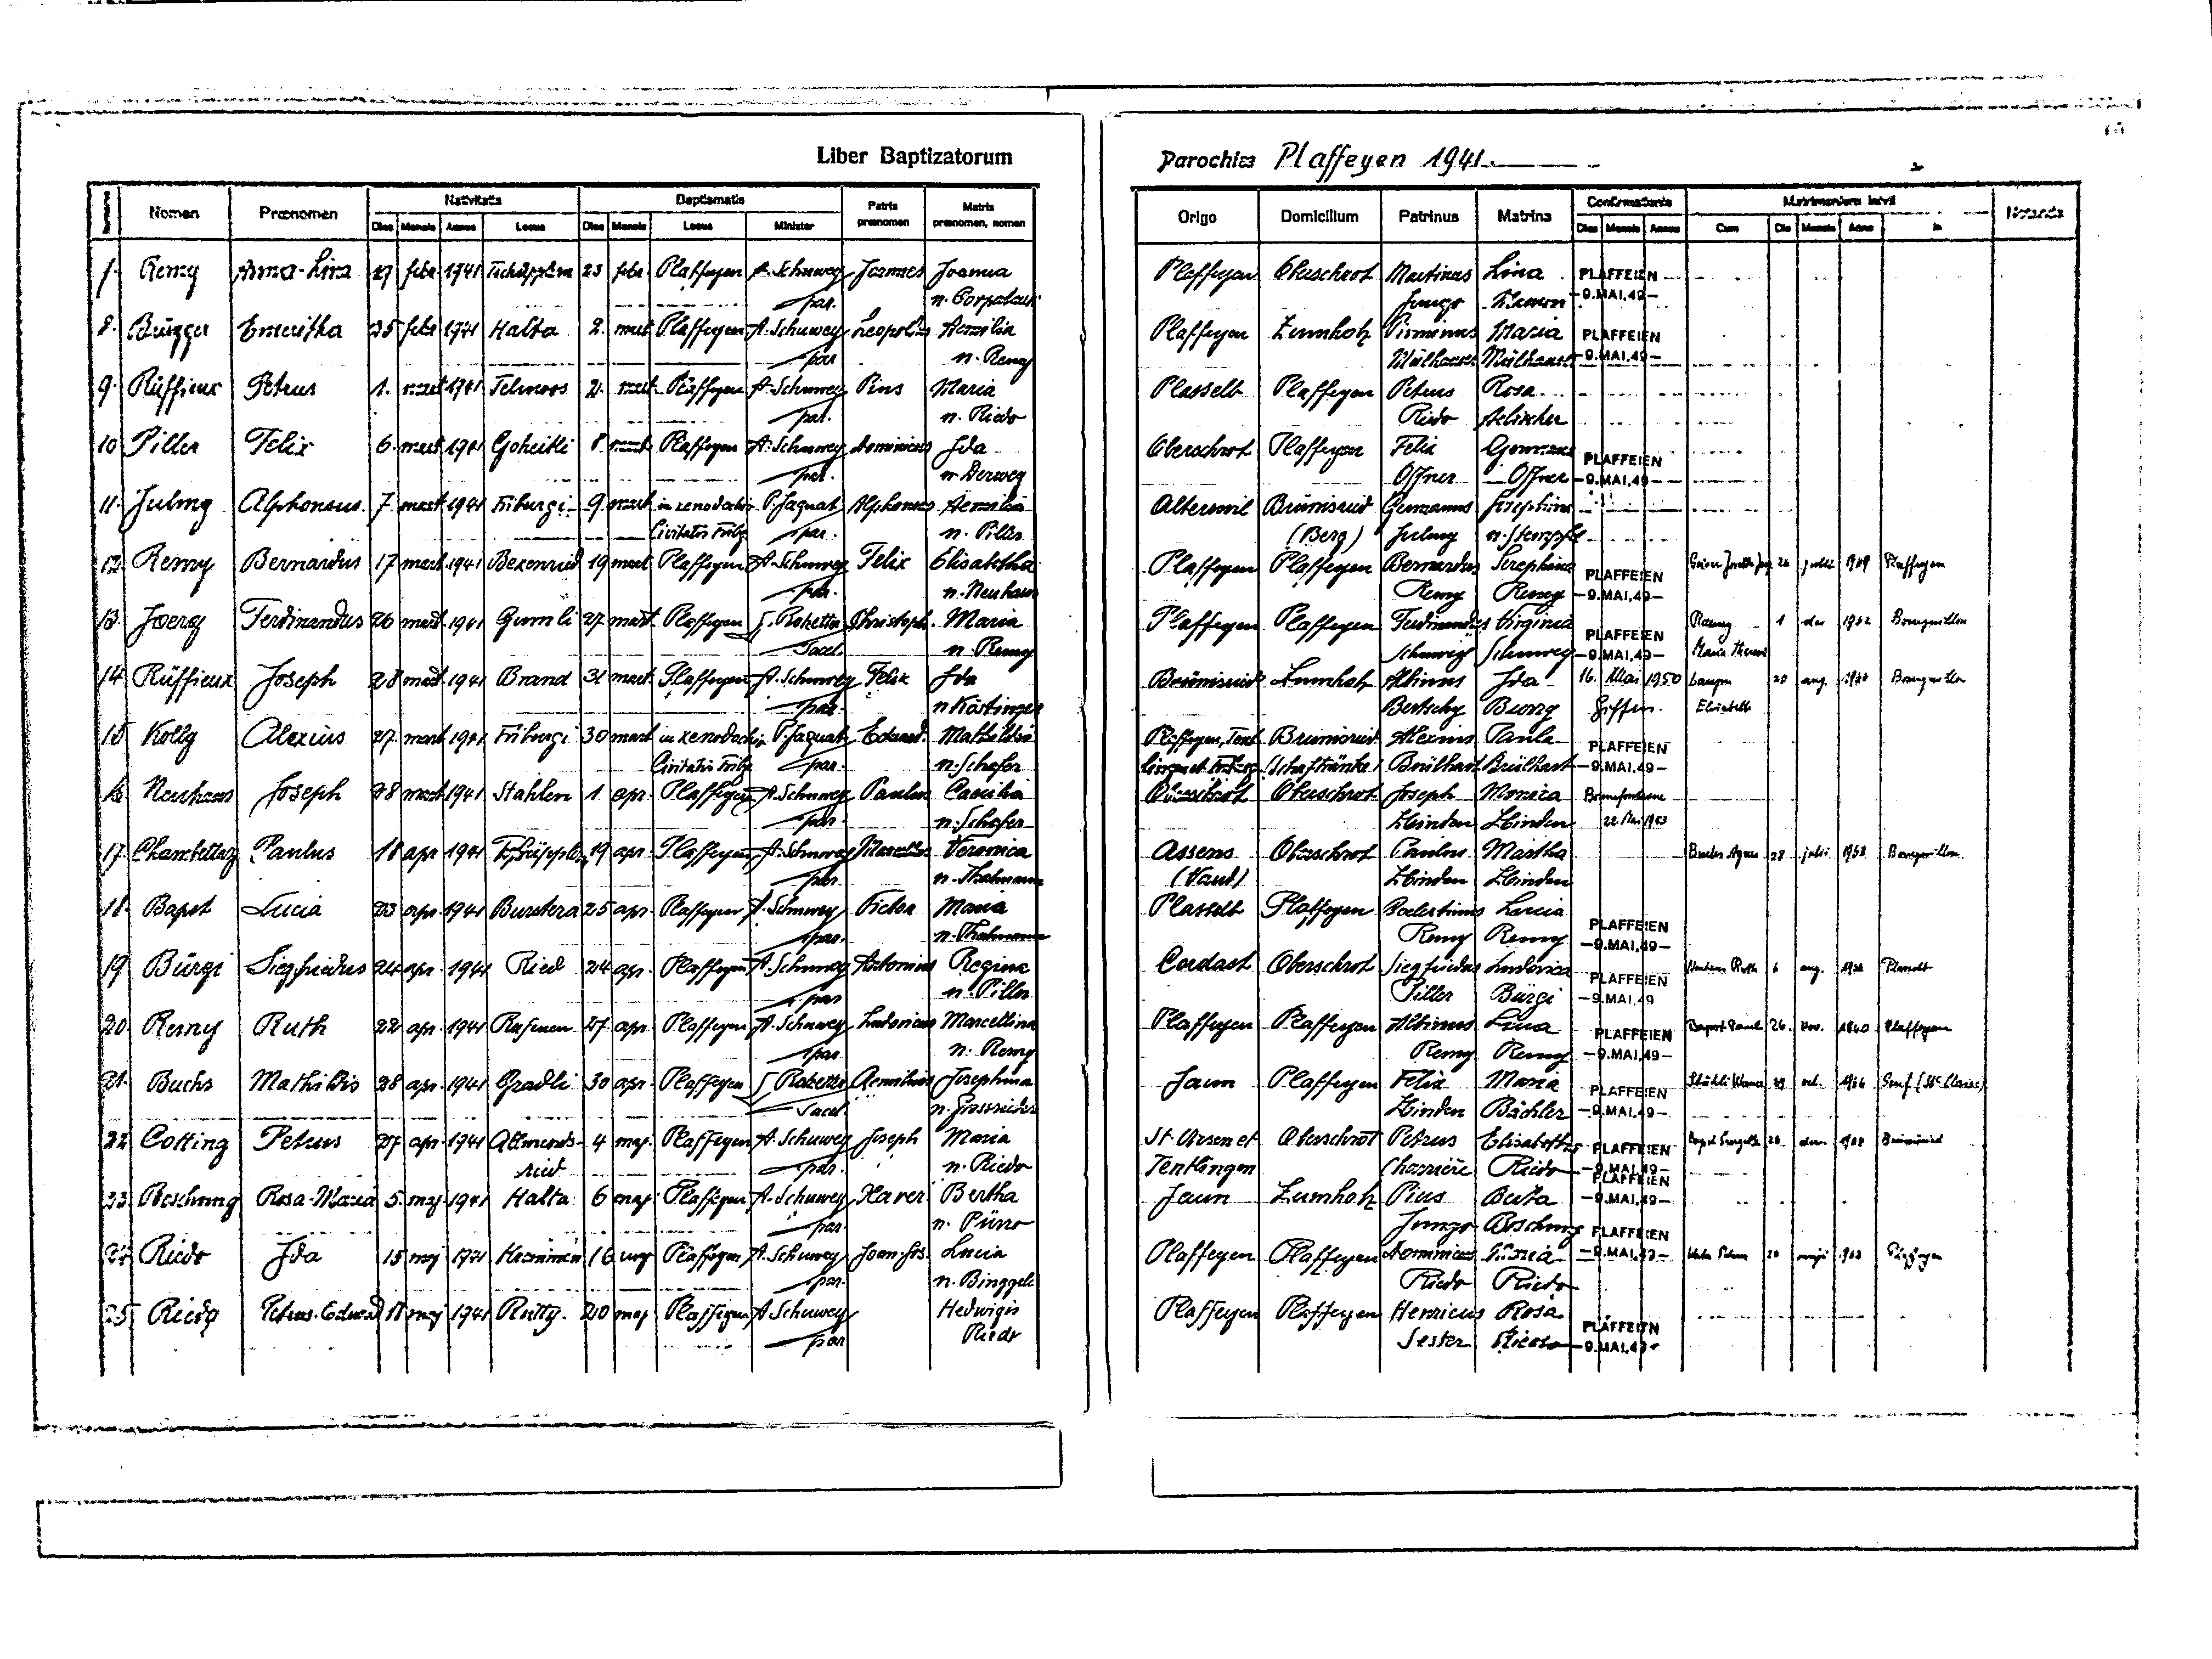
Liber Baptizatorum
Parochiae Plaffeyen 1941
Matris
Baptismatis
Nativitatis
Matrimonium inivit
Notanda
Confirmationis
Patris
Praenomen
Nomen
in
Origo Domicilium Patrinus Matrina
praenomen praenomen, nomen
Minister
Dies Mensis
Dies Mensis Annus
Locus
Dies Mensis Anno
Locus
Dies Mensis Annus
Cum
Remy Anoa-Lina 19 febr. 1941 Tschüpplern 23 febr Plaffeyen A. Schuwey Joannes Joanna
Plaffeyen Oberschrot Martinus Lina PLAFFEIEN
7
Jungo Mauron -9.MAI.49-
n. Corpataux
par.
8 Brügger Emeritha 25 febr 1941 Halta 2 mart Plaffeyen A. Schuwey Leupoldus Aemilia
Plaffeyen Zumholz Pirminus Maria PLAFFEIEN
n. Remy
par.
Mülhauser Mülhauser -9.MAI.49-
9. Rüffieux Petrus 1 mart 1941 Telmoos 2 mart. Plaffeyen A. Schuwey Pius Maria
Plasselb Plaffeyen Petrus Rosa
n. Riedo
par.
Riedo Aebisher
10 Piller Felix 6 mart 1941 Goheitli 8 mart Plaffeyen A. Schuwey Dominicus Ida
Oberschrot Plaffeyen Felix Germana PLAFFEIEN
par.
n. Derwey
Offners Offner -9.MAI.49-
11 Julmy Alphonsus 7 mart 1941 Friburgi 9 mart in xenodochio P. Jaquat Alphonsus Aemilia
Alteswil Brünisried Germanus Josephina
n. Piller
Civitatis Fribg par.
(Berg) Julmy n. Stempfel
12. Remy Bernardus 17 mart. 1941 Bexenried 19 mart Plaffeyen A. Schuwey Felix Elisabetha
Plaffeyen Plaffeyen Bernardus Seraphina PLAFFEIEN Prüaln 26 Julii 1967 Plaffeyen
par.
n. Neuhaus
Remy Remy -9.MAI.49-
Remy 1 dec. 1962 Bourguillon
13 Joerg Ferdinandus 26 mart 1941 Gumli 27 mart Plaffeyen L. Rotzetter Christoph. Maria
Plaffeyen Plaffeyen Ferdinandus Virginia
PLAFFEIEN
Sacel.
n. Remy
Schuwey Schuwey -9.MAI.49- Maria-Theresia
Brünisried Zumholz Abinus Ida 16 Mai 1950 Lauper 21 aug. 1966 Bourguillon
14 Rüffieux Joseph 28 mart. 1941 Brand 31 mart. Plaffeyen A. Schuwey Felix Ida
par.
Bertschy Burry Giffers Elisabeth
n. Köstinger
15 Kolly Alexius 27 mart 1941 Friburgi 30 mart in xenodochio P. Jaquat Eduard. Mathildia
Plaffeyen, Tent Brünisried Alexius Paula PLAFFEIEN
n. Schafer
Civitatis Fribg. par.
lingen et Friburg. (Schaftränke) Brülhart Brülhart -9.MAI.49-
16. Neuhaus Joseph 28 mart. 1941 Stahlen 1 apr. Plaffeyen A. Schuwey Paulus Caecilia
Oberschrot Oberschrot Joseph Monica Bonnefontaine
Zbinden Zbinden 22. Mai 1953
par.
n. Schafer
Buchs Agnes 28 julii 1962 Bourguillon
17. Chambettaz Paulus 18 apr. 1941 Tschüpplern 19 apr. Plaffeyen A. Schuwey Marcellus Veronica
Assens Oberschrot Paulus Martha
n. Thalmann
Zbinden Zbinden
par
(Vaud)
18 Bapst Lucia 23 apr 1941 Burstera 25 apr Plaffeyen A. Schuwey Viktor Maria
Plasselb Plaffeyen Caelestinus Lucia
PLAFFEIEN
par.
Remy Remy -9.MAI.49-
Neuhaus Ruth 6
aug. 1966 Plasselb
Cordast Oberschrot Siegfriedus Zudonica PLAFFEIEN
19 Bürgi Siegfriedus 24 apr. 1941 Ried 24 apr. Plaffeyen A. Schuwey Antomius Regina
n. Piller
Piller Bürgi -9.MAI.49
par
Plaffeyen Plaffeyen Albinus Lina PLAFFEIEN Bapst Paul 26 Nov. 1960 Plaffeyen
20 Remy Ruth 22 apr. 1941 Rufenen 27 apr Plaffeyen A. Schuwey Ludovicus Marcellina
n. Remy
Remy Remy -9.MAI.49-
par
Jaun Plaffeyen Felix Maria PLAFFEIEN Stähli Werner 29 oct. 1966 Genf (Ste Claire)
21. Buchs Mathildis 28 apr. 1941 Grabli 30 apr Plaffeyen L. Rotzetter Aemilius Josephina
n. Grossrieder
Sacel
Zbinden Bächler -9.MAI.49-
St. Ursen et Oberschrot Petrus Elisabetha PLAFFEIEN Bapst Brigitte 26 dec 1964 Brünisried
22 Cotting Petrus 27 apr. 1941 Allmends- 4 maj Plaffeyen A. Schuwey Joseph Maria
n. Riedo
Tentlingen
par.
ried
Charrière Riedo -9.MAI.49-
Jaun Zumholz Pius Berta -9.MAI.49-
23 Boschung Rosa-Maria 5. maj 1941 Halta 6 maj Plaffeyen A. Schuwey Xaver Bertha
n. Pürro
par
Jungo Boschung PLAFFEIEN
Plaffeyen Plaffeyen Dominicus Maria -9.MAI.49- Bieder Peltris 20 maiji 1962
24 Riedo Ida 15 maj. 1941 Krommen 16 maj Plaffeyen A. Schuwey Joan. Jos. Lucia
Plaffeyen
par.
n. Binggeli
Riedo Riedo
Hedwigis
Plaffeyen Plaffeyen Henricus Rosa
Petrus-Eduard 17 maj. 1941 Rütty 20 maj. Plaffeyen A. Schuwey
25 Riedo
PLAFFEIEN
Riedo
par
Sester Riedo -9.MAI.49-